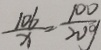
\frac { 1 0 6 } { x } = \frac { 1 0 0 } { 2 0 g }